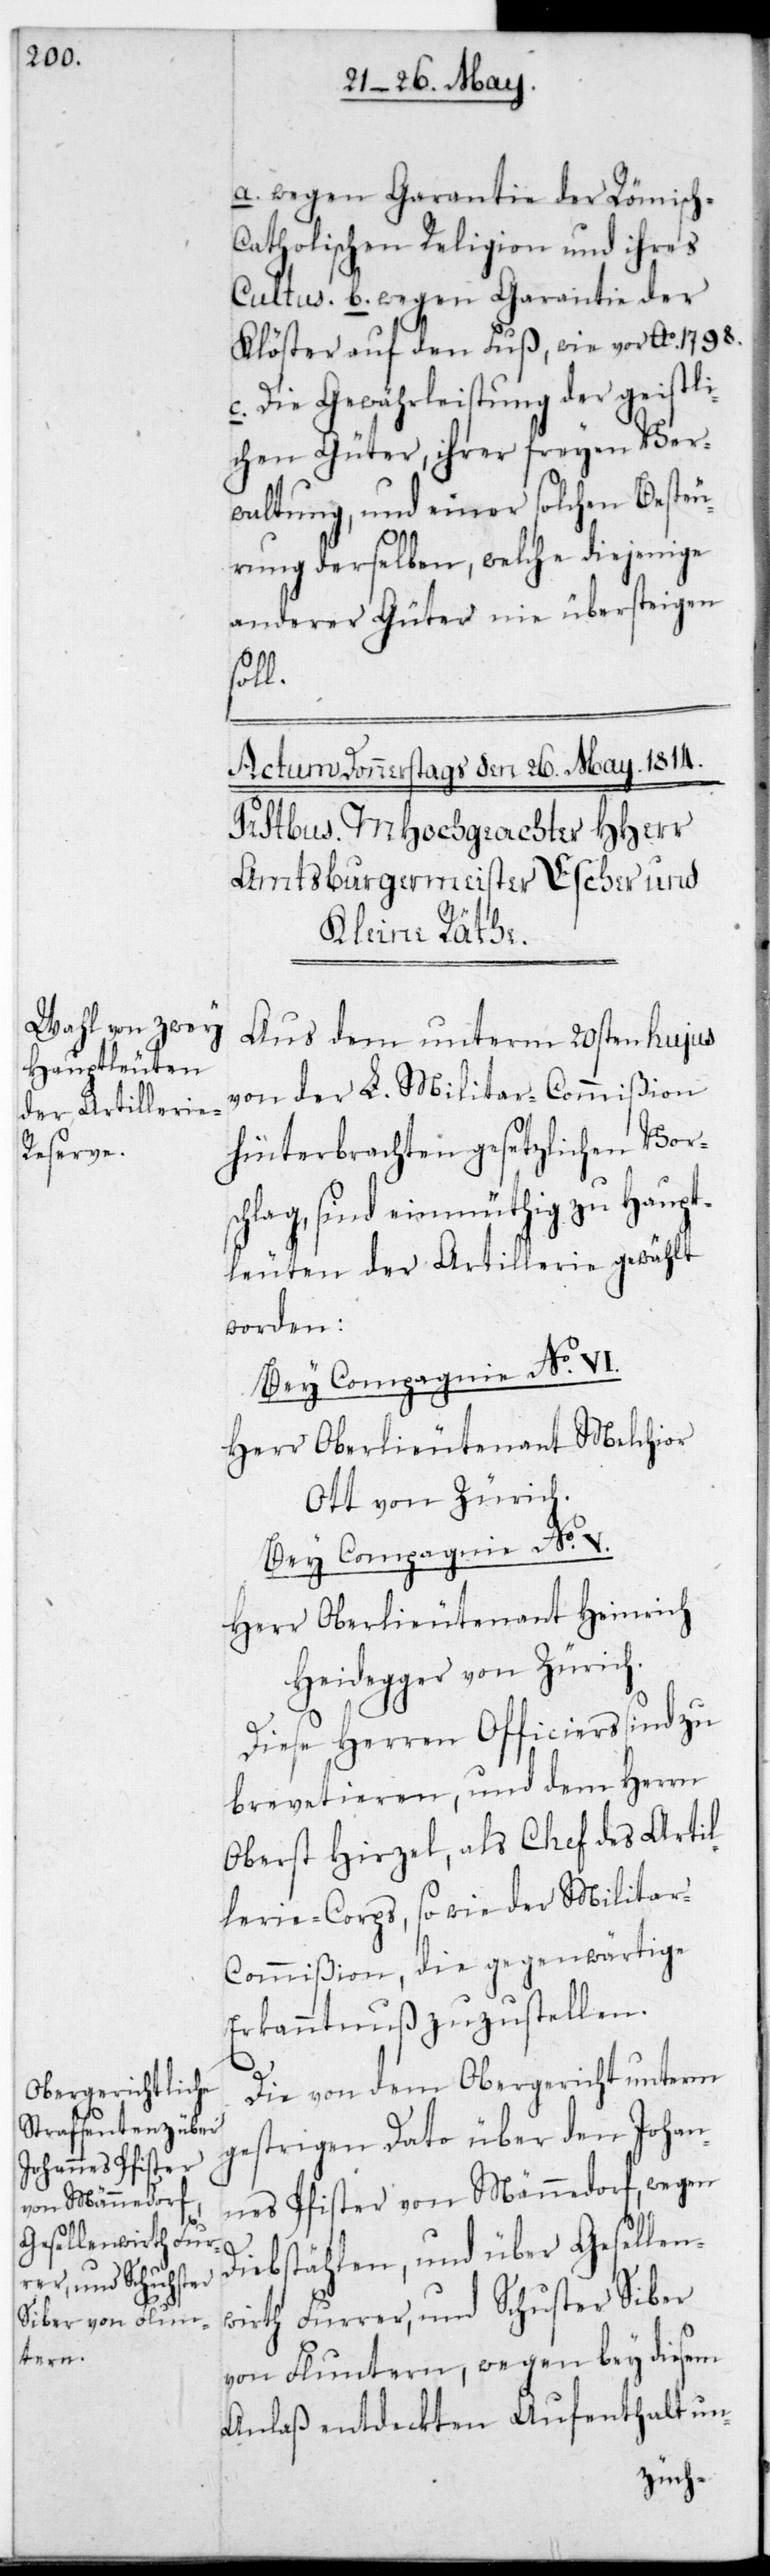
a. Wegen Garantie der Römisc¬
h-Catholischen Religion und ihres
b. Wegen Garantie der
Klöster auf den Fuß wie vor Ao. 1798.
c. Die Gewährleistung der geistli¬
chen Güter, ihrer freien Ver¬
waltung und einer solchen Besteu¬
rung derselben, welche diejenige
anderer Güter nie übersteigen
soll.
Aus dem unterm 20sten hujus
von der L. Militar-Commißion
hinterbrachten gesetzlichen Vors¬
chlag, sind einmüthig zu Haupt¬
leuten der Artillerie gewählt
worden:
Bey Compagnie No. VI.
Herr Oberlieutenant Melchior
Ott von Zürich
Bey Compagnie No. V.
Herr Oberlieutenant Heinrich
Heidegger von Zürich.
Diese Herren Officiers sind zu
brevetieren, und dem Herrn
Oberst Hirzel, als Chef des Artil¬
lerie-Corps sowie der Militar-C¬
ommißion, die gegenwärtige
Erkanntnuß zuzustellen.
Die von dem Obergericht unterm
gestrigen Dato über den Johan¬
nes Pfister von Männedorf, wegen
Diebstählen; und über Gesellen¬
wirt Furrer und Schuster Siber
von Fluntern, wegen bey diesem
Anlaß entdeckten Aufenthalt un-